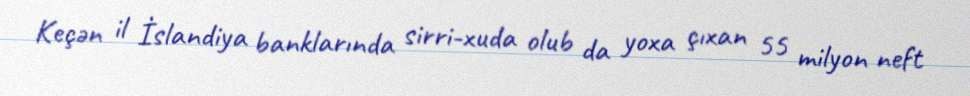
Keçən il İslandiya banklarında sirri-xuda olub da yoxa çıxan 55 milyon neft